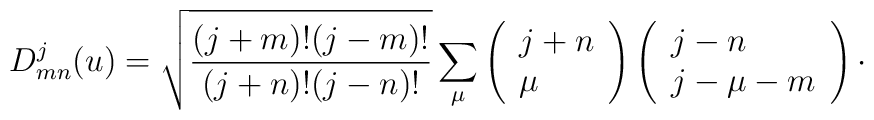
D^{j}_{mn}(u)=\sqrt{\frac{(j+m)!(j-m)!}{(j+n)!(j-n)!}} \sum _{\mu}\left( \begin{array}{l}j+n\\\mu\end{array}\right)\left( \begin{array}{l}j-n\\j-\mu -m\end{array}\right)\cdot